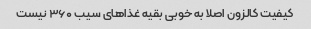
کیفیت کالزون اصلا به خوبی بقیه غذاهای سیب ۳۶۰ نیست